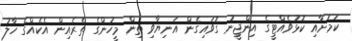
ކަމަށާއި ކޮޅުވެއްޓީގެ އިންޖީނު ގޮވައިގެން އަނިޔާވި ތިން މީހުންގެ ތެރެއިން އެކެއްގެ ހާލު